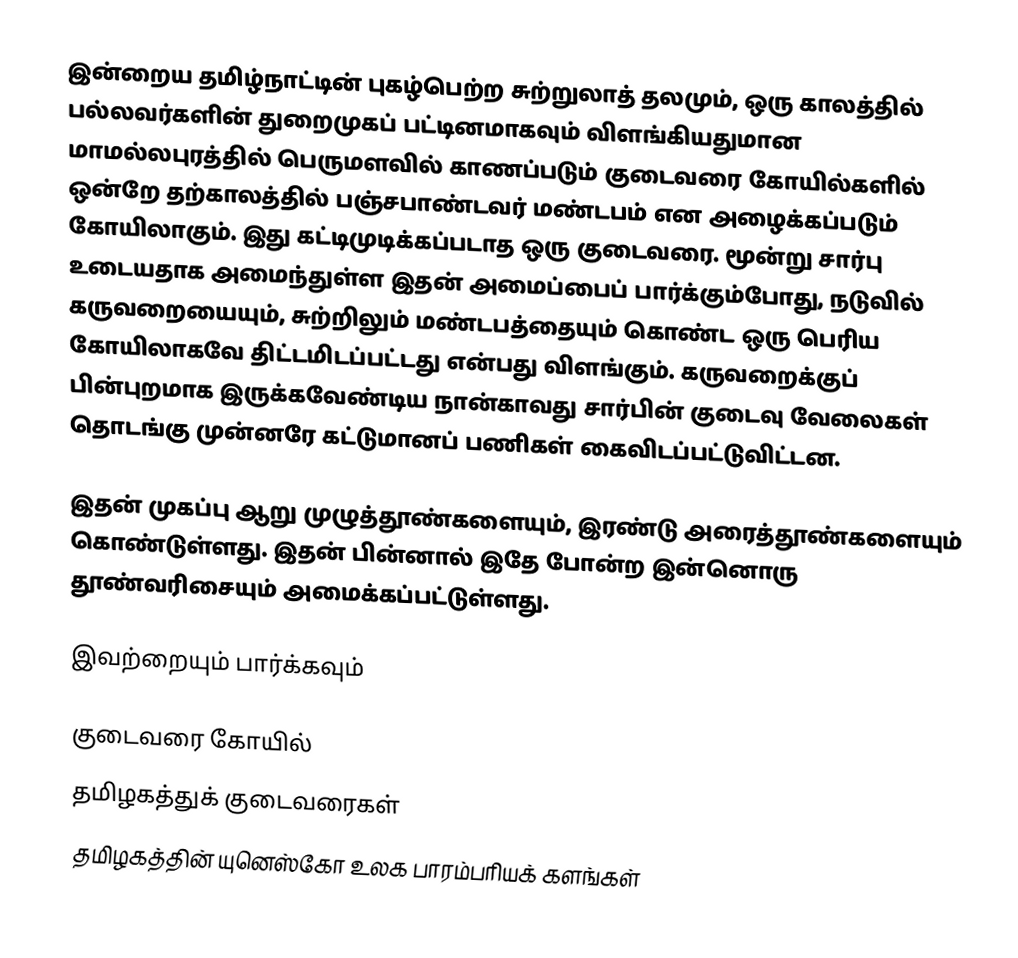
இன்றைய தமிழ்நாட்டின் புகழ்பெற்ற சுற்றுலாத் தலமும், ஒரு காலத்தில் பல்லவர்களின் துறைமுகப் பட்டினமாகவும் விளங்கியதுமான மாமல்லபுரத்தில் பெருமளவில் காணப்படும் குடைவரை கோயில்களில் ஒன்றே தற்காலத்தில் பஞ்சபாண்டவர் மண்டபம் என அழைக்கப்படும் கோயிலாகும். இது கட்டிமுடிக்கப்படாத ஒரு குடைவரை. மூன்று சார்பு உடையதாக அமைந்துள்ள இதன் அமைப்பைப் பார்க்கும்போது, நடுவில் கருவறையையும், சுற்றிலும் மண்டபத்தையும் கொண்ட ஒரு பெரிய கோயிலாகவே திட்டமிடப்பட்டது என்பது விளங்கும். கருவறைக்குப் பின்புறமாக இருக்கவேண்டிய நான்காவது சார்பின் குடைவு வேலைகள் தொடங்கு முன்னரே கட்டுமானப் பணிகள் கைவிடப்பட்டுவிட்டன.

இதன் முகப்பு ஆறு முழுத்தூண்களையும், இரண்டு அரைத்தூண்களையும் கொண்டுள்ளது. இதன் பின்னால் இதே போன்ற இன்னொரு தூண்வரிசையும் அமைக்கப்பட்டுள்ளது.

இவற்றையும் பார்க்கவும்

 குடைவரை கோயில்
தமிழகத்துக் குடைவரைகள்
தமிழகத்தின் யுனெஸ்கோ உலக பாரம்பரியக் களங்கள்